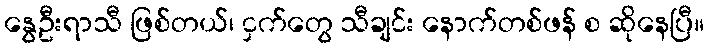
နွေဦးရာသီ ဖြစ်တယ်၊ ငှက်တွေ သီချင်း နောက်တစ်ဖန် စ ဆိုနေပြီ။